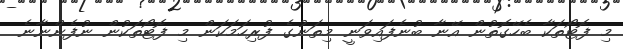
މި ފޮޓޯތަކާ ބެހޭގޮތުން އޭނާ ބުނެފައިވަނީ މިތަނުގެ ފުރިހަމަކަން މި ފޮޓޯތަކުން ނުފެންނާނެ